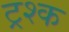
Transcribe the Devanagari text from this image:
ट्रश्क